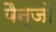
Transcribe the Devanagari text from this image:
बैन्जो